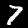
Digit: 7